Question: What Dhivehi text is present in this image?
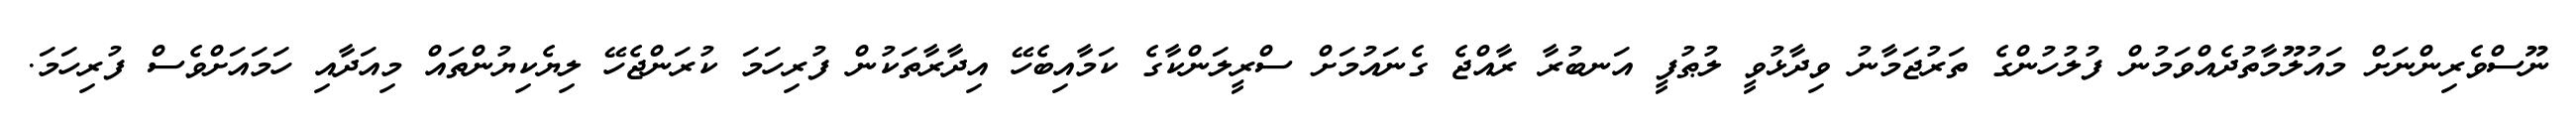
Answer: ނޫސްވެރިންނަށް މައުލޫމާތުދެއްވަމުން ފުލުހުންގެ ތަރުޖަމާނު ވިދާޅުވީ ލުޠުފީ އަނބުރާ ރާއްޖެ ގެނައުމަށް ސްރީލަންކާގެ ކަމާއިބެހޭ އިދާރާތަކުން ފުރިހަމަ ކުރަންޖެހޭ ލިޔެކިޔުންތައް މިއަދާއި ހަމައަށްވެސް ފުރިހަމަ.